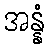
အန္နံ